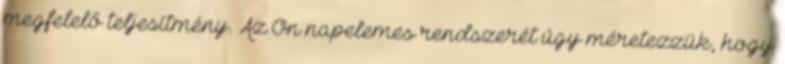
megfelelő teljesítmény. Az Ön napelemes rendszerét úgy méretezzük, hogy